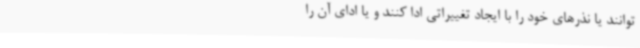
توانند یا نذرهای خود را با ایجاد تغییراتی ادا کنند و یا ادای آن را